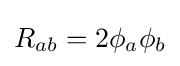
R_{ab}=2\phi _{a}\phi _{b}